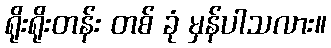
ရိုးရိုးတန်း တစ် ခုံ မှန်ပါသလား။